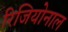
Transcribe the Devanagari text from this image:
रिजियोनाल